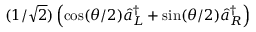
( 1 / \sqrt { 2 } ) \left( \cos ( \theta / 2 ) \hat { a } _ { L } ^ { \dagger } + \sin ( \theta / 2 ) \hat { a } _ { R } ^ { \dagger } \right)